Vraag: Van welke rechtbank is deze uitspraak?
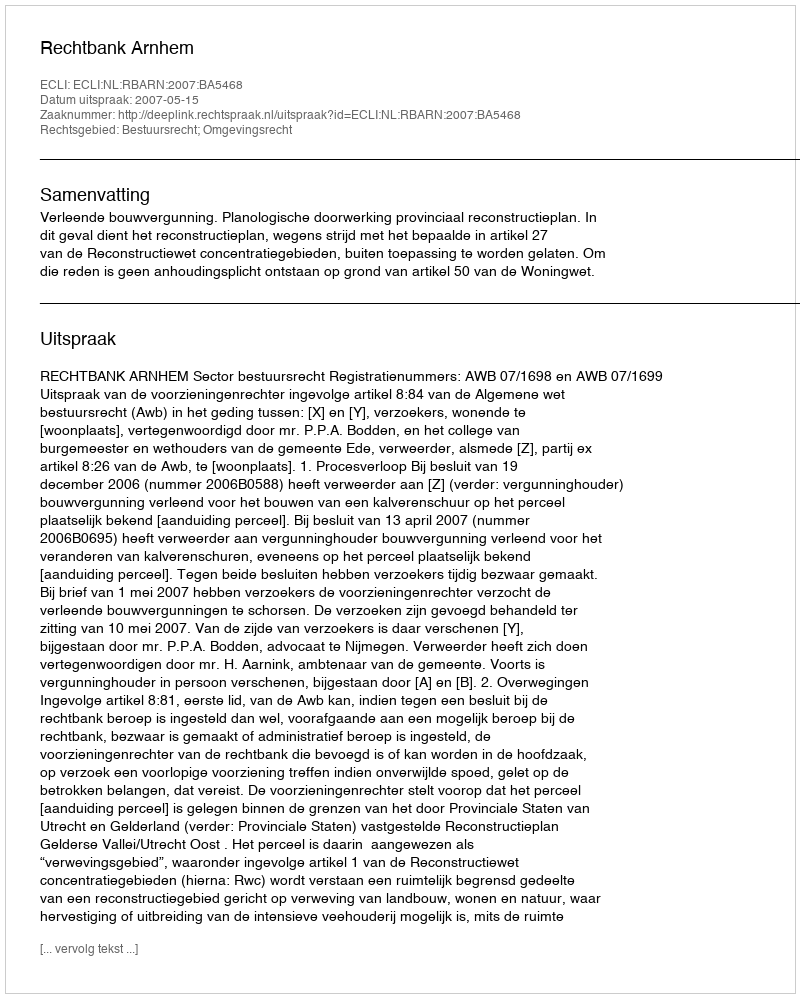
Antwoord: Rechtbank Arnhem